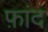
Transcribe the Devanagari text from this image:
फ़ांद